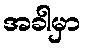
အခါမှာ